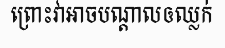
ព្រោះវាអាចបណ្តាលឲឈ្លក់